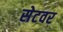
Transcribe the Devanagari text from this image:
सेटवर